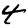
Digit: 4